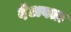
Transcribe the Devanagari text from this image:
देअवता